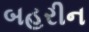
બહરીન